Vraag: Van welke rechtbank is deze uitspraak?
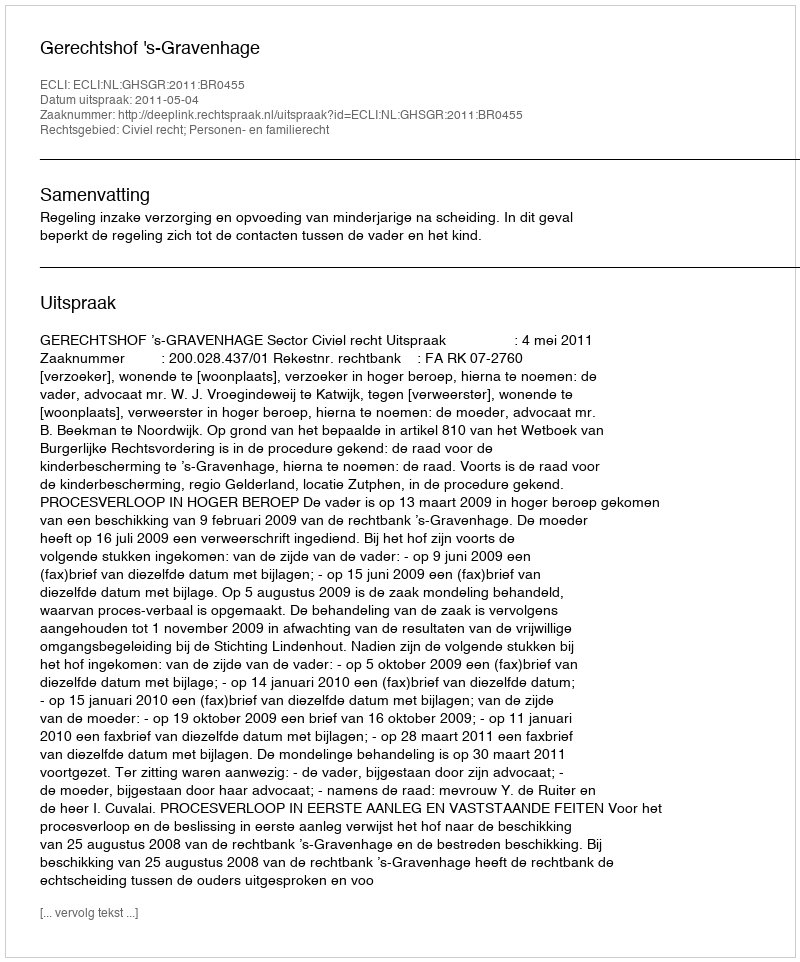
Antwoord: Gerechtshof 's-Gravenhage